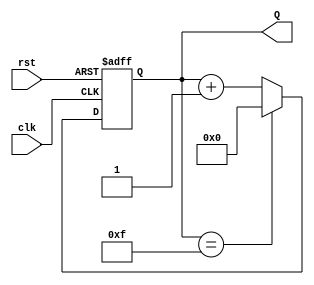
module binary_counter (
    input wire clk,     // Clock signal
    input wire rst,     // Asynchronous reset signal
    output reg [3:0] Q  // 4-bit output representing the current count value
);

// State transition on the rising edge of the clock
always @(posedge clk or posedge rst) begin
    if (rst) begin
        // When reset is high, initialize the counter to 0000
        Q <= 4'b0000;
    end else begin
        // If reset is not active, increment the counter
        if (Q == 4'b1111) begin
            Q <= 4'b0000; // Wrap around to 0000 if max count is reached
        end else begin
            Q <= Q + 1;   // Increment the counter
        end
    end
end

endmodule